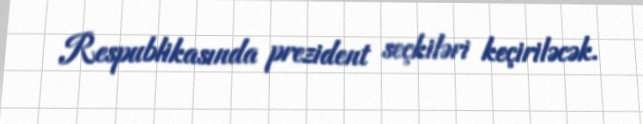
Respublikasında prezident seçkiləri keçiriləcək.